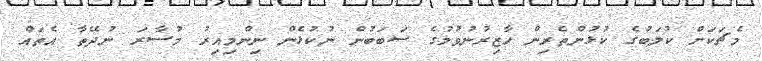
މެޗަކަށް ކުލަބުގެ ކުޅުންތެރިން ހާޒިރުނުވުމުގެ ސަބަބުން ނުކުޅެން ނިންމިއިރު މުސާރަ ނުދޭތާ އެތައް